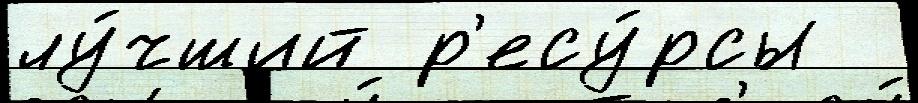
лу́чший р'есу́рсы